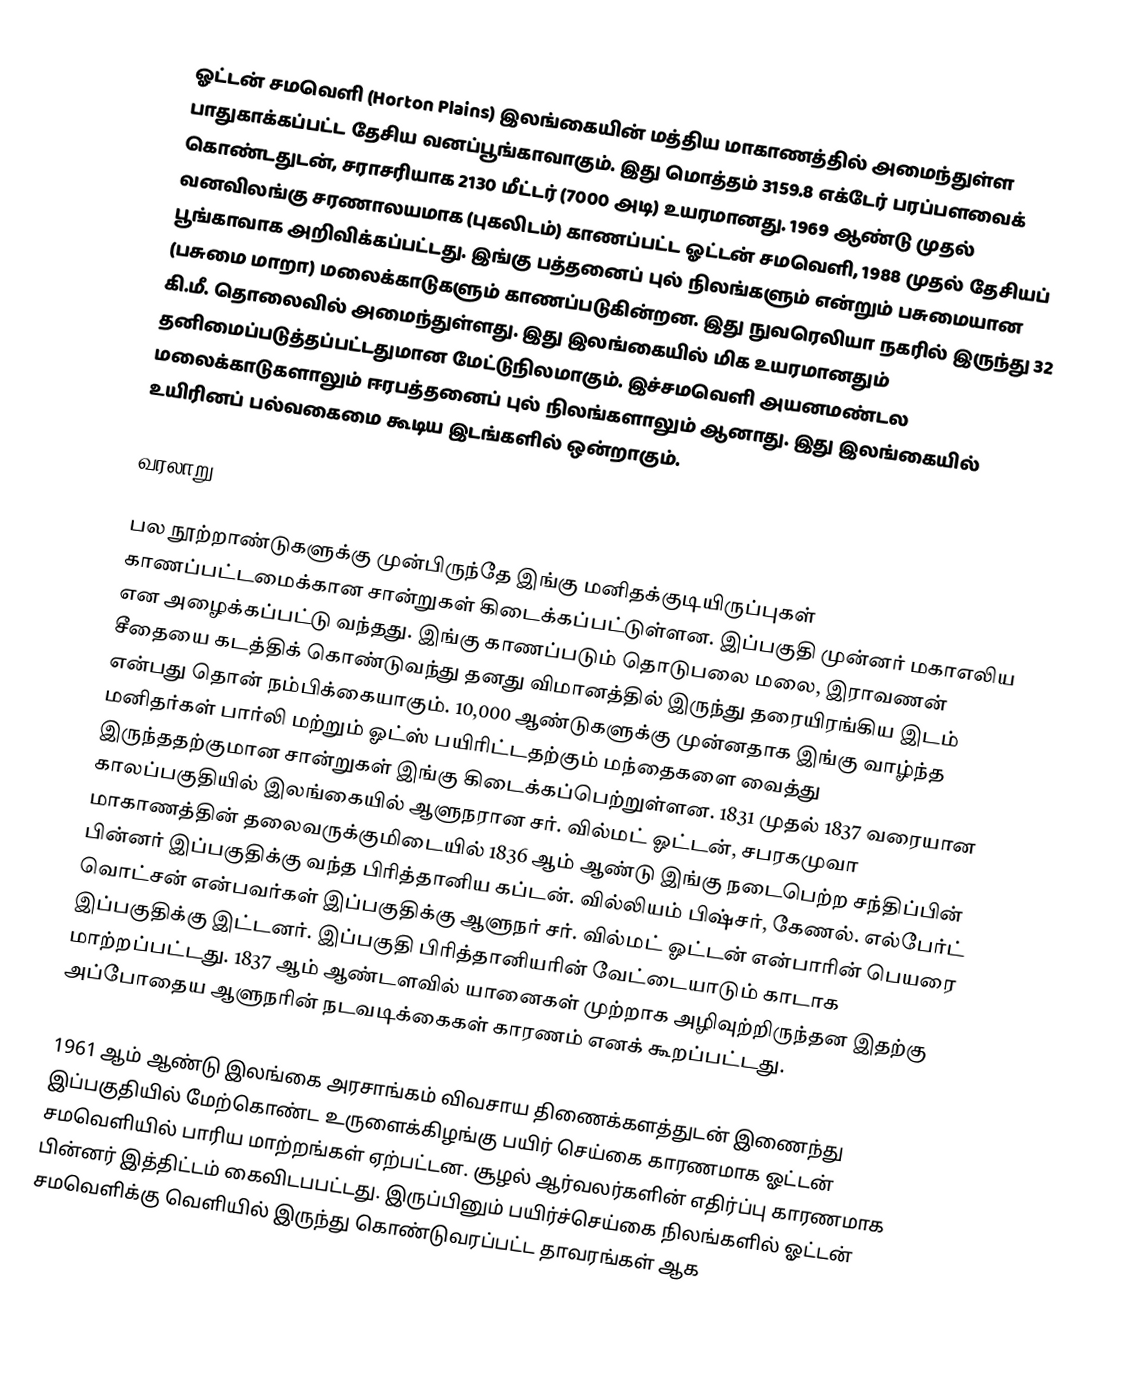
ஓட்டன் சமவெளி (Horton Plains) இலங்கையின் மத்திய மாகாணத்தில் அமைந்துள்ள பாதுகாக்கப்பட்ட  தேசிய வனப்பூங்காவாகும். இது மொத்தம் 3159.8 எக்டேர் பரப்பளவைக் கொண்டதுடன், சராசரியாக 2130 மீட்டர் (7000 அடி) உயரமானது. 1969 ஆண்டு முதல் வனவிலங்கு சரணாலயமாக (புகலிடம்) காணப்பட்ட ஓட்டன் சமவெளி, 1988 முதல் தேசியப் பூங்காவாக அறிவிக்கப்பட்டது. இங்கு பத்தனைப் புல் நிலங்களும் என்றும் பசுமையான (பசுமை மாறா) மலைக்காடுகளும் காணப்படுகின்றன. இது நுவரெலியா நகரில் இருந்து 32 கி.மீ. தொலைவில் அமைந்துள்ளது. இது இலங்கையில் மிக உயரமானதும் தனிமைப்படுத்தப்பட்டதுமான மேட்டுநிலமாகும். இச்சமவெளி  அயனமண்டல மலைக்காடுகளாலும் ஈரபத்தனைப் புல் நிலங்களாலும் ஆனாது. இது இலங்கையில் உயிரினப் பல்வகைமை கூடிய இடங்களில் ஒன்றாகும்.

வரலாறு

பல நூற்றாண்டுகளுக்கு முன்பிருந்தே இங்கு மனிதக்குடியிருப்புகள் காணப்பட்டமைக்கான சான்றுகள் கிடைக்கப்பட்டுள்ளன. இப்பகுதி முன்னர் மகாஎலிய என அழைக்கப்பட்டு வந்தது. இங்கு காணப்படும் தொடுபலை மலை, இராவணன் சீதையை கடத்திக் கொண்டுவந்து தனது விமானத்தில் இருந்து தரையிரங்கிய இடம் என்பது தொன் நம்பிக்கையாகும். 10,000 ஆண்டுகளுக்கு முன்னதாக இங்கு வாழ்ந்த மனிதர்கள் பார்லி மற்றும் ஓட்ஸ் பயிரிட்டதற்கும் மந்தைகளை வைத்து இருந்ததற்குமான சான்றுகள் இங்கு கிடைக்கப்பெற்றுள்ளன.  1831 முதல் 1837 வரையான காலப்பகுதியில் இலங்கையில் ஆளுநரான சர். வில்மட் ஓட்டன், சபரகமுவா மாகாணத்தின் தலைவருக்குமிடையில் 1836 ஆம் ஆண்டு இங்கு நடைபெற்ற சந்திப்பின்  பின்னர் இப்பகுதிக்கு வந்த பிரித்தானிய கப்டன். வில்லியம் பிஷ்சர், கேணல். எல்பேர்ட் வொட்சன் என்பவர்கள் இப்பகுதிக்கு ஆளுநர் சர். வில்மட் ஓட்டன் என்பாரின் பெயரை இப்பகுதிக்கு இட்டனர். இப்பகுதி பிரித்தானியரின் வேட்டையாடும் காடாக மாற்றப்பட்டது. 1837 ஆம் ஆண்டளவில் யானைகள் முற்றாக அழிவுற்றிருந்தன இதற்கு அப்போதைய ஆளுநரின் நடவடிக்கைகள் காரணம் எனக் கூறப்பட்டது.

1961 ஆம் ஆண்டு இலங்கை அரசாங்கம் விவசாய திணைக்களத்துடன் இணைந்து இப்பகுதியில் மேற்கொண்ட உருளைக்கிழங்கு பயிர் செய்கை காரணமாக ஓட்டன் சமவெளியில் பாரிய மாற்றங்கள் ஏற்பட்டன. சூழல் ஆர்வலர்களின் எதிர்ப்பு காரணமாக பின்னர் இத்திட்டம் கைவிடபபட்டது. இருப்பினும் பயிர்ச்செய்கை நிலங்களில் ஓட்டன் சமவெளிக்கு வெளியில் இருந்து கொண்டுவரப்பட்ட தாவரங்கள் ஆக